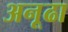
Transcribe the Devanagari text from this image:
अनूढा